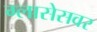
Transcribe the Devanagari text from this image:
ग्लासेसवर